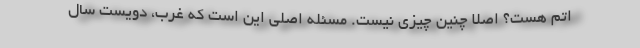
اتم هست؟ اصلاً چنین چیزی نیست. مسئله اصلی این است که غرب، دویست سال